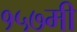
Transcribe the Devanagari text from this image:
१५७मी